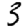
Digit: 3